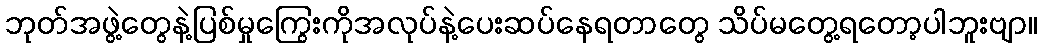
ဘုတ်အဖွဲ့တွေနဲ့ပြစ်မှုကြွေးကိုအလုပ်နဲ့ပေးဆပ်နေရတာတွေ သိပ်မတွေ့ရတော့ပါဘူးဗျာ။